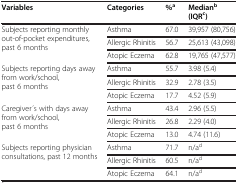
| Variables | Categories | %a | Medianb(IQRc) |
 | --- | --- | --- | --- |
 | <ROWSPAN=3> Subjects reporting monthly out-of-pocket expenditures, past 6 months | Asthma | 67.0 | 39,957 (80,756) |
 | Allergic Rhinitis | 56.7 | 25,613 (43,098) |
 | Atopic Eczema | 62.8 | 19,765 (47,577) |
 | <ROWSPAN=3> Subjects reporting days away from work/school, past 6 months | Asthma | 55.7 | 3.98 (5.4) |
 | Allergic Rhinitis | 32.9 | 2.78 (3.5) |
 | Atopic Eczema | 17.7 | 4.52 (5.9) |
 | <ROWSPAN=3> Caregiver ́s with days away from work/school, past 6 months | Asthma | 43.4 | 2.96 (5.5) |
 | Allergic Rhinitis | 26.8 | 2.29 (4.0) |
 | Atopic Eczema | 13.0 | 4.74 (11.6) |
 | <ROWSPAN=3> Subjects reporting physician consultations, past 12 months | Asthma | 71.7 | n/ad |
 | Allergic Rhinitis | 60.5 | n/ad |
 | Atopic Eczema | 64.1 | n/ad |